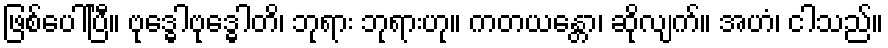
ဖြစ်ပေါ်ပြီ။ ဗုဒ္ဓေါဗုဒ္ဓေါတိ၊ ဘုရား ဘုရားဟု။ ကတယန္တော၊ ဆိုလျက်။ အဟံ၊ ငါသည်။